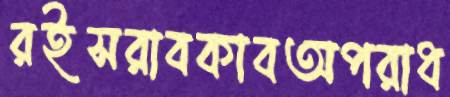
রইসরাবকাবঅপরাধ